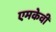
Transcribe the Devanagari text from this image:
एमकेवी